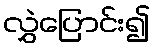
လွှဲပြောင်း၍